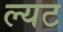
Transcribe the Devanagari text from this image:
ल्यट